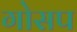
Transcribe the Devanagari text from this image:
गोसप